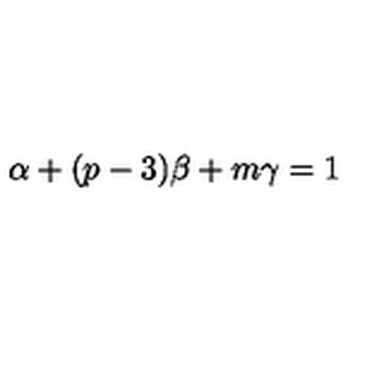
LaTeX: \alpha + ( p - 3 ) \beta + m \gamma = 1